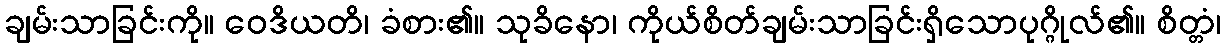
ချမ်းသာခြင်းကို။ ဝေဒိယတိ၊ ခံစား၏။ သုခိနော၊ ကိုယ်စိတ်ချမ်းသာခြင်းရှိသောပုဂ္ဂိုလ်၏။ စိတ္တံ၊